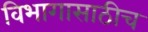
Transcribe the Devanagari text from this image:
विभागासाठीच